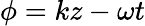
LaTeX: \phi=kz-\omega t